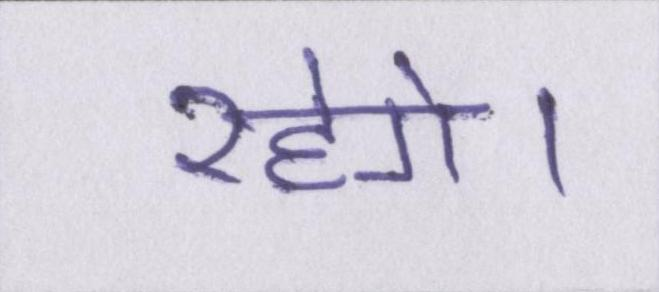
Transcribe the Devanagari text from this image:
रहेगे।